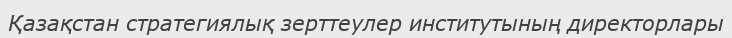
Қазақстан стратегиялық зерттеулер институтының директорлары